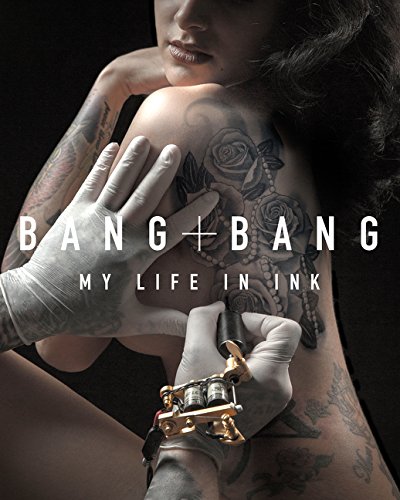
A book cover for Bang Bang: My Life in Ink; Bang Bang; Arts & Photography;